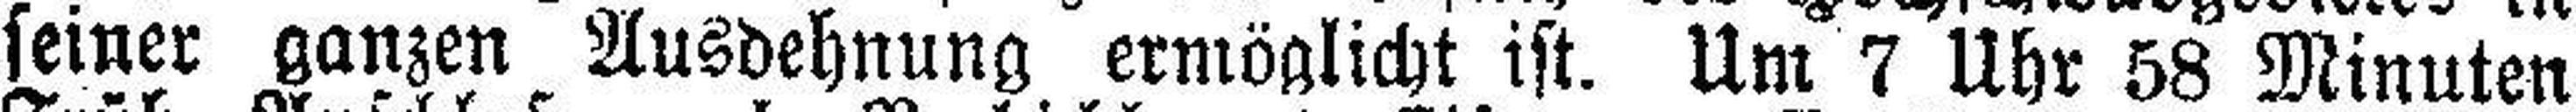
seiner ganzen Ausdehnung ermöglicht ist. Um 7 Uhr 58 Minuten